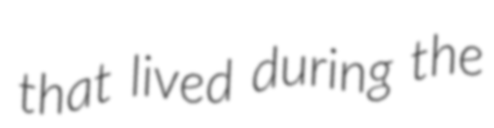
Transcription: that lived during the